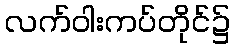
လက်ဝါးကပ်တိုင်၌